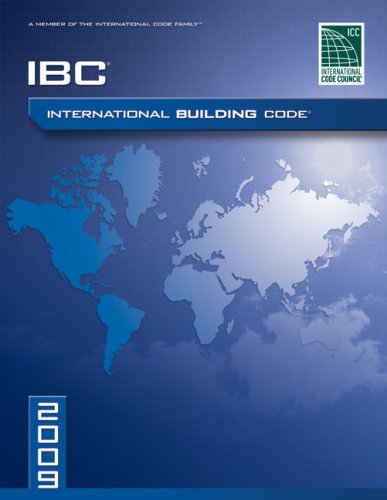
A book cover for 2009 International Building Code (International Code Council Series); International Code Council; Engineering & Transportation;